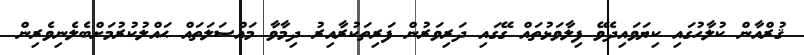
ޤުރްއާން ކުލާހުގައި ކިޔަވައިދެވޭ ފިލާވަޅުތައް ގޭގައި ދަރިވަރުން ފަރިތަކުރާއިރު ދިމާވާ މައްސަލަތައް ޙައްލުކުރުމަށްބެލެނިވެރިން